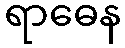
ရာဓေန